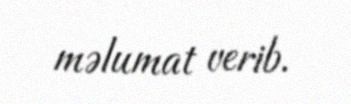
məlumat verib.